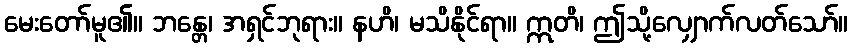
မေးတော်မူ၏။ ဘန္တေ၊ အရှင်ဘုရား။ နဟိ၊ မသိနိုင်ရာ။ ဣတိ၊ ဤသို့လျှောက်လတ်သော်။